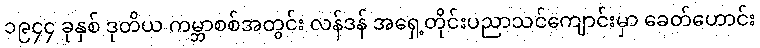
၁၉၄၄ ခုနှစ် ဒုတိယ ကမ္ဘာစစ်အတွင်း လန်ဒန် အရှေ့တိုင်းပညာသင်ကျောင်းမှာ ခေတ်ဟောင်း